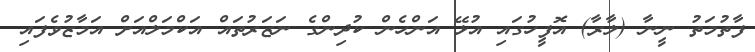
ފާތުމަތު ނީނާ (ލާރާ) އޮފީހުގައި އުޅޭ އަންހެން ކުދިންގެ ނަޒަރުތައް އަކްމަލްއަށް އަމާޒުވެފައި